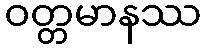
ဝတ္တမာနဿ